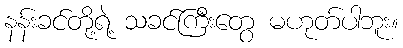
နန်းခင်တို့ရဲ့ သခင်ကြီးတွေ မဟုတ်ပါဘူး။